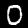
Label: 0